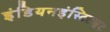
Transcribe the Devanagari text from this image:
इंडियनइंस्टिट्यूट